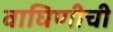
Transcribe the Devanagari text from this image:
वाघिणीची